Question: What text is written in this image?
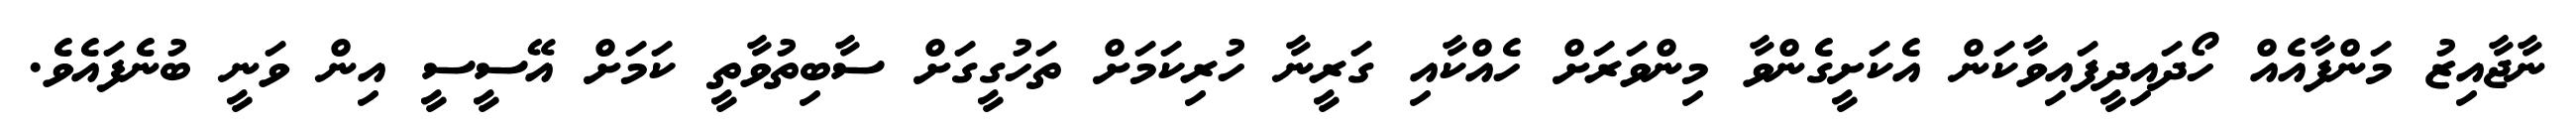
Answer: ނާޖާއިޒު މަންފާއެއް ހޯދައިދީފައިވާކަން އެކަށީގެންވާ މިންވަރަށް ހެއްކާއި ގަރީނާ ހުރިކަމަށް ތަހުގީގަށް ސާބިތުވާތީ ކަމަށް އޭސީސީ އިން ވަނީ ބުނެފައެވެ.